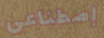
إصطناعي